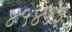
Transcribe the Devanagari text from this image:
४५४१३